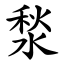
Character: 湬